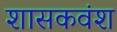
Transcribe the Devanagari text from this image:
शासकवंश